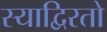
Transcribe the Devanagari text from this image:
स्याद्विरतो